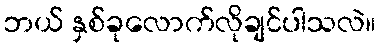
ဘယ် နှစ်ခုလောက်လိုချင်ပါသလဲ။